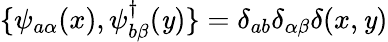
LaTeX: \{ \psi_{a\alpha}(x),\psi_{b\beta}^{\dagger}(\mathit{y})\} =\delta_{ab}\delta_{\alpha\beta}\delta(x,\mathit{y})